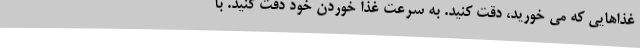
غذاهایی که می خورید، دقت کنید. به سرعت غذا خوردن خود دقت کنید. با